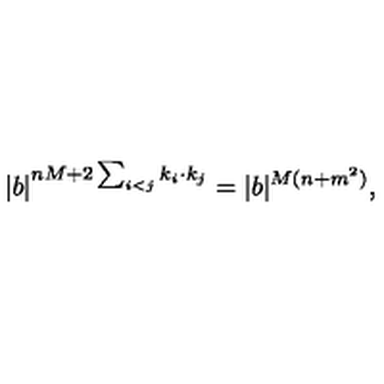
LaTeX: | b | ^ { n M + 2 \sum _ { i < j } k _ { i } \cdot k _ { j } } = | b | ^ { M ( n + m ^ { 2 } ) } ,